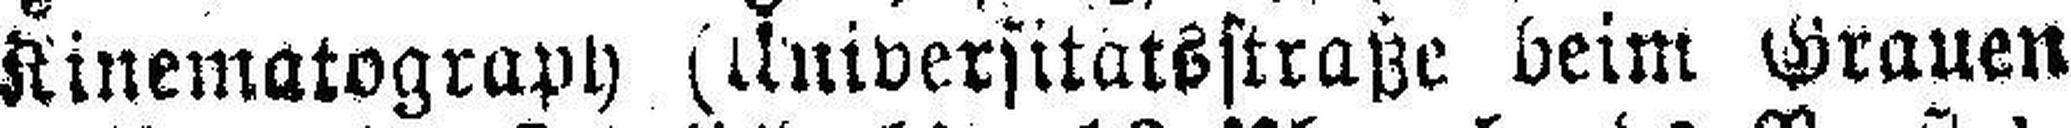
Kinematograph (Universitätsstraße beim Grauen